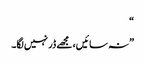
“
” نہ سائیں، مجھے ڈر نہیں لگا۔